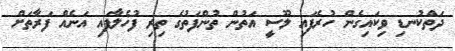
ދަތްކުނޑި ވިކައިގެން ހުރެފައި ލޫސީ އަތުން ތުންފަތުގެ ތިރި ފުހެލާފައި އަނެއް ފަރާތަށް